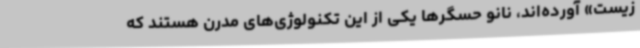
زیست» آورده‌اند، نانو حسگرها یکی از این تکنولوژی‌های مدرن هستند که